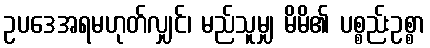
ဥပဒေအရမဟုတ်လျှင်၊ မည်သူမျှ မိမိ၏ ပစ္စည်းဥစ္စာ